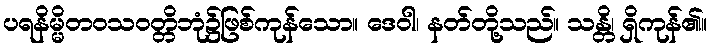
ပရနိမ္မိတဝသဝတ္တိဘုံ၌ဖြစ်ကုန်သော။ ဒေဝါ၊ နတ်တို့သည်။ သန္တိ၊ ရှိကုန်၏။